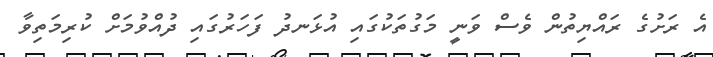
އެ ރަށުގެ ރައްޔިތުން ވެސް ވަނީ މަގުތަކުގައި އުޅަނދު ފަހަރުގައި ދުއްވުމަށް ކުރިމަތިވާ